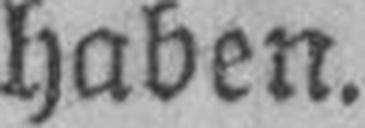
haben.